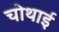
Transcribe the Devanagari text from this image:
चोथाई